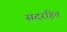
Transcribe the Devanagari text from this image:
सदरहित